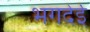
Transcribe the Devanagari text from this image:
भगदेई